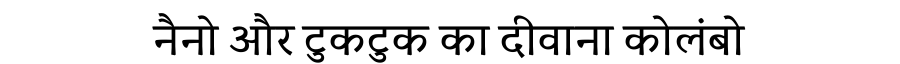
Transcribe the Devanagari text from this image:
नैनो और टुकटुक का दीवाना कोलंबो